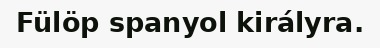
Fülöp spanyol királyra.